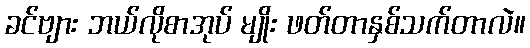
ခင်ဗျား ဘယ်လိုစာအုပ် မျိုး ဖတ်တာနှစ်သက်တာလဲ။